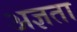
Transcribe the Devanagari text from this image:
अज्ञता